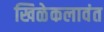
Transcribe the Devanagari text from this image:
खिळेकलावंत